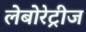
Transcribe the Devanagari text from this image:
लेबोरेट्रीज